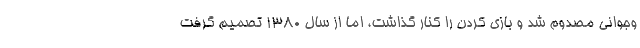
وجوانی مصدوم شد و بازی کردن را کنار گذاشت، اما از سال 1380 تصمیم گرفت